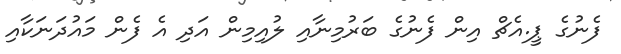
ފެނުގެ ޕީ.އެޗް އިން ފެނުގެ ބަރުމިނާއި ލުއިމިން އަދި އެ ފެން މައުދަނަކާއި